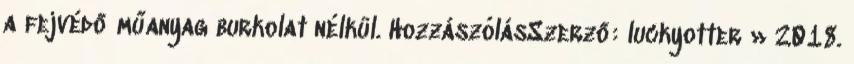
a fejvédő műanyag burkolat nélkül. HozzászólásSzerző: luckyotter » 2018.